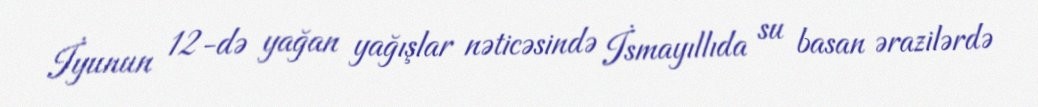
İyunun 12-də yağan yağışlar nəticəsində İsmayıllıda su basan ərazilərdə